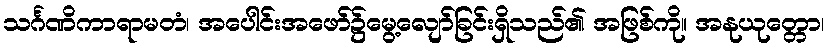
သင်္ဂဏိကာရာမတံ၊ အပေါင်းအဖော်၌မွေ့လျော်ခြင်းရှိသည်၏ အဖြစ်ကို။ အနုယုတ္တော၊